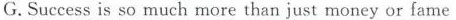
G.Success is so much more than just money or fame